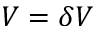
V = \delta V